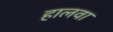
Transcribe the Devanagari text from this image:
हालवा